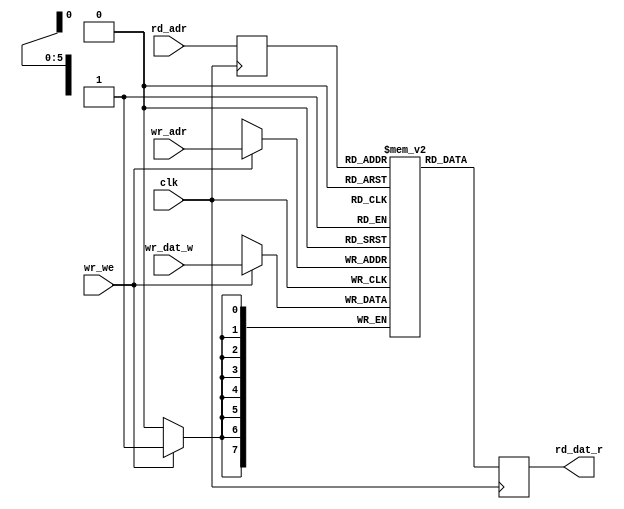
// 64x8b ram (1 write / 1 read / 1 clock)
// read latency: 2 clocks

module usb2_ep0in_ram(
	input clk,
	input wr_we,
	input [5:0] wr_adr,
	input [7:0] wr_dat_w,
	input [5:0] rd_adr,
	output reg [7:0] rd_dat_r

);

reg [7:0] mem[0:63];
reg [5:0] rd_adr_i;
always @(posedge clk) begin
	if (wr_we)
		mem[wr_adr] <= wr_dat_w;
end

always @(posedge clk) begin
	rd_adr_i <= rd_adr;
	rd_dat_r = mem[rd_adr_i];
end

endmodule